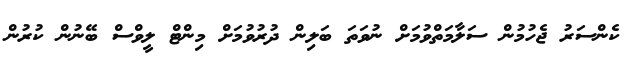
ކެންސަރު ޖެހުމުން ސަލާމަތްވުމަށް ނުވަތަ ބަލިން ދުރުވުމަށް މިންޓް ލީވްސް ބޭނުން ކުރުން